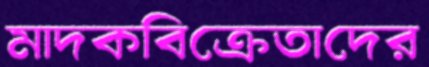
মাদকবিক্রেতাদের